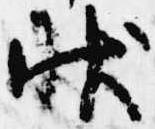
状